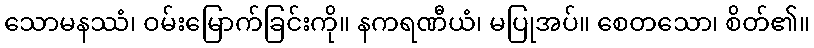
သောမနဿံ၊ ဝမ်းမြောက်ခြင်းကို။ နကရဏီယံ၊ မပြုအပ်။ စေတသော၊ စိတ်၏။